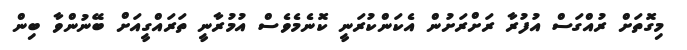
މިގޮތަށް ރުއްގަސް އުފުރާ ރަށްރަށުން އެކަންކުރަނީ ކޮނެމެވެސް އުމުރާނީ ތަރައްގީއަށް ބޭނުންވާ ބިން